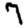
Digit: 7